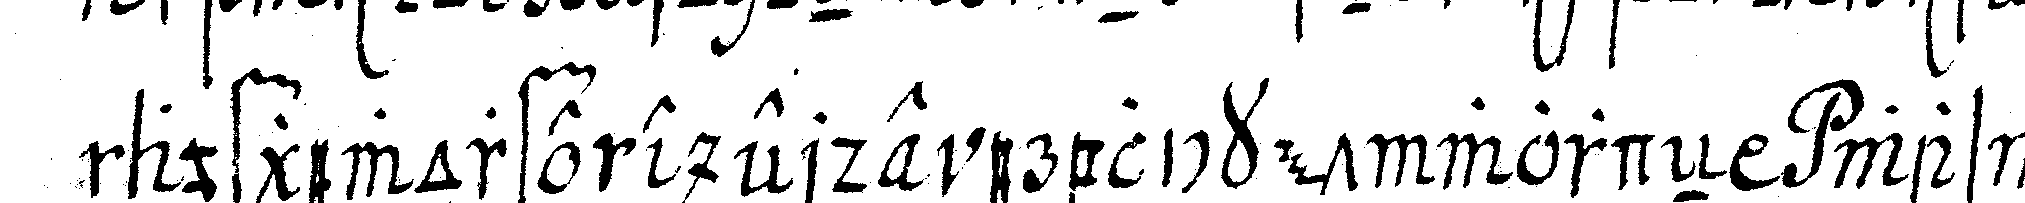
aufgeworfene erde erblicket wordeN was